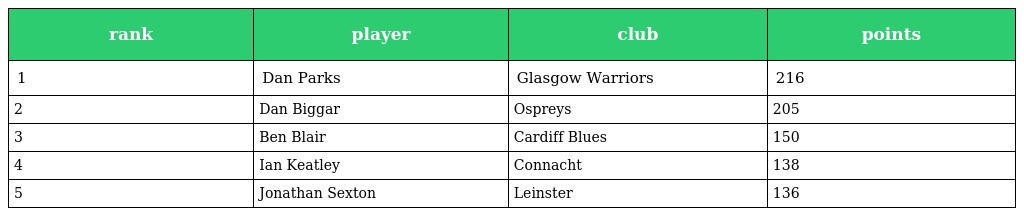
| rank | player | club | points |
 | --- | --- | --- | --- |
 | 1 | Dan Parks | Glasgow Warriors | 216 |
 | 2 | Dan Biggar | Ospreys | 205 |
 | 3 | Ben Blair | Cardiff Blues | 150 |
 | 4 | Ian Keatley | Connacht | 138 |
 | 5 | Jonathan Sexton | Leinster | 136 |